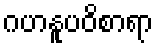
ဂဟနူပဝိစာရာ